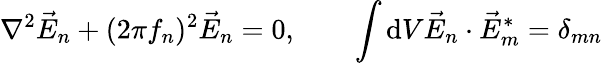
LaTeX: \nabla^{2}\vec{E}_{n}+(2\pi f_{n})^{2}\vec{E}_{n}=0,\qquad\int\mathrm{d}V\vec{E}_{n}\cdot\vec{E}_{m}^{*}=\delta_{mn}